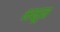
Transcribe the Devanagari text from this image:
भक्षून